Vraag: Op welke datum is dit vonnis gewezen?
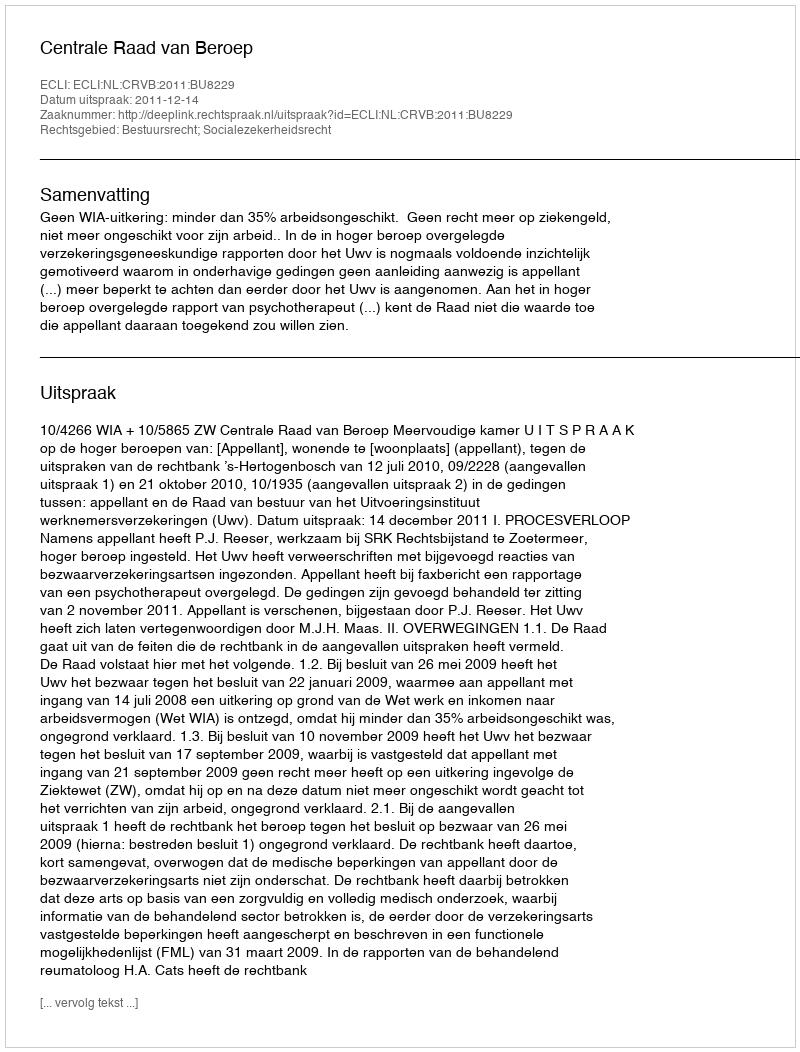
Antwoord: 2011-12-14